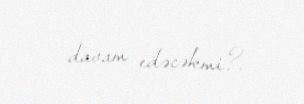
davam edəcəkmi?.